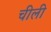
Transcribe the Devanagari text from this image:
चीली